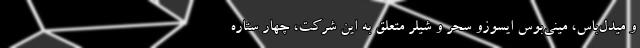
و میدل‌باس، مینی‌بوس ایسوزو سحر و شیلر متعلق به این شرکت، چهار ستاره